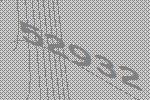
52932